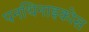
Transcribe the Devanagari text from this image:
पनथिनाइकोस